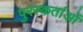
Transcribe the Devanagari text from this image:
पुरस्कर्ताओं